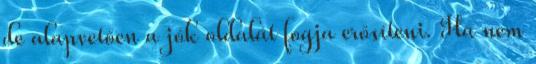
de alapvetően a jók oldalát fogja erősíteni. Ha nem